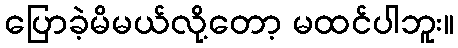
ပြောခဲ့မိမယ်လို့တော့ မထင်ပါဘူး။